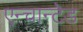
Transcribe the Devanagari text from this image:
एन्चान्टेड